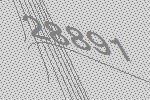
28891